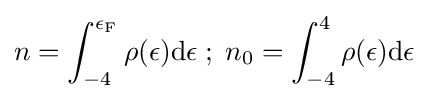
n=\int _{-4}^{\epsilon _{\rm {F}}}\rho (\epsilon )\mathrm {d} \epsilon \;;\;n_{0}=\int _{-4}^{4}\rho (\epsilon )\mathrm {d} \epsilon